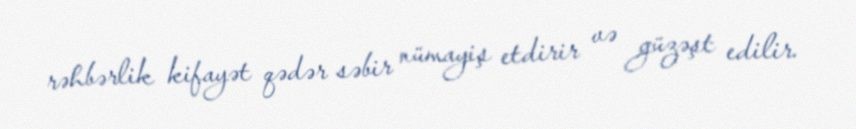
rəhbərlik kifayət qədər səbir nümayiş etdirir və güzəşt edilir.